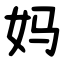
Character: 妈